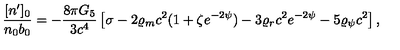
{ \frac { [ n ^ { \prime } ] _ { 0 } } { n _ { 0 } b _ { 0 } } } = - { \frac { 8 \pi G _ { 5 } } { 3 c ^ { 4 } } } \left[ \sigma - 2 \varrho _ { m } c ^ { 2 } ( 1 + \zeta e ^ { - 2 \psi } ) - 3 \varrho _ { r } c ^ { 2 } e ^ { - 2 \psi } - 5 \varrho _ { \psi } c ^ { 2 } \right] ,